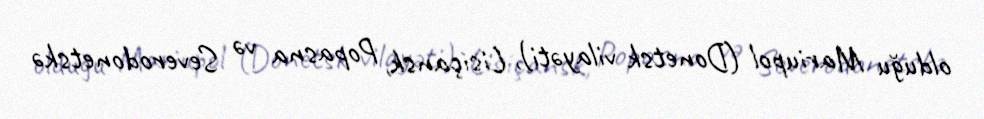
olduğu Mariupol (Donetsk vilayəti), Lisiçansk, Popasna və Severodonetskə